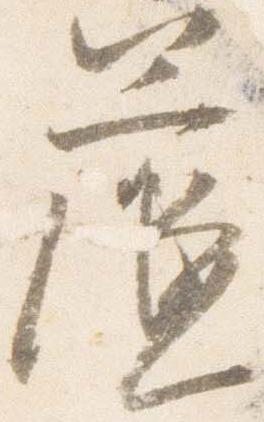
簾